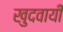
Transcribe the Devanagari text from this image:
खुदवायीं